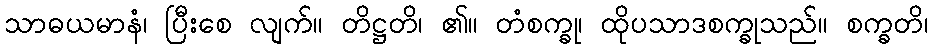
သာဓယမာနံ၊ ပြီးစေ လျက်။ တိဋ္ဌတိ၊ ၏။ တံစက္ခု၊ ထိုပသာဒစက္ခုသည်။ စက္ခတိ၊